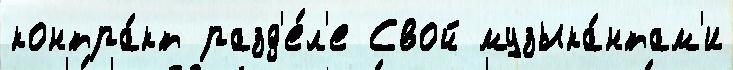
контра́кт разд'е́л'е Свой музыка́нтам'и